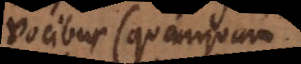
vocibus (quanquam